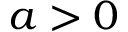
a > 0